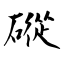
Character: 磫